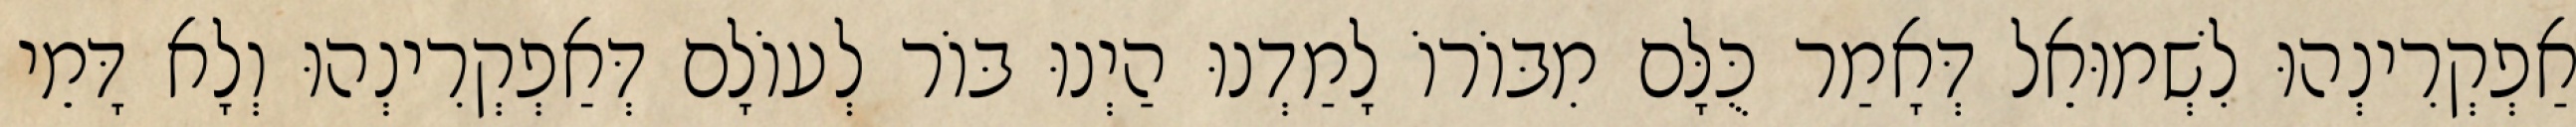
אַפְקְרִינְהוּ לִשְׁמוּאֵל דְּאָמַר כֻּלָּם מִבּוֹרוֹ לָמַדְנוּ הַיְנוּ בּוֹר לְעוֹלָם דְּאַפְקְרִינְהוּ וְלָא דָּמֵי